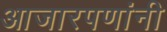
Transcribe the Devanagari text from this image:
आजारपणांनी